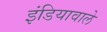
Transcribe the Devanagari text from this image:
इंडियावाले